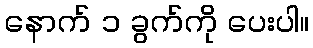
နောက် ၁ ခွက်ကို ပေးပါ။